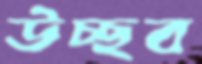
উচ্ছব